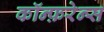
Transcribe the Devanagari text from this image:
कॉन्फ़रेन्स